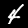
Digit: 4